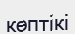
көптікі